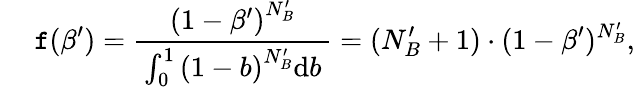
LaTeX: \quad\: \mathtt{f}(\beta^{\prime})=\frac{{\left(1-\beta^{\prime}\right)^{N_{B}^{\prime}}}}{{\, \int_{0}^{1}\left(1-b\right)^{N_{B}^{\prime}}\mathrm{{d}}b\, }}=(N_{B}^{\prime}+1)\cdot(1-\beta^{\prime})^{N_{B}^{\prime}},